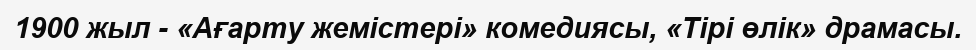
1900 жыл - «Ағарту жемістері» комедиясы, «Тірі өлік» драмасы.